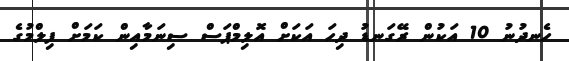
ހެނދުނު 10 އަކުން ރޭގަނޑު ދިހަ އަކަށް އޮލިމްޕަސް ސިނަމާއިން ކަމަށް ފިލްމުގެ